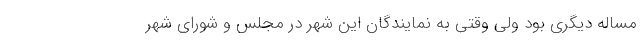
مساله دیگری بود ولی وقتی به نمایندگان این شهر در مجلس و شورای شهر